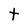
Character: T